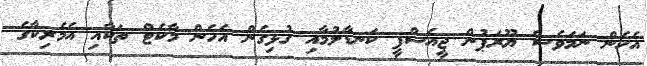
އެހެން ނަމަވެސް ޔޫރަޕުން ޖީއެސްޕީ ކަނޑާލުމާއި ގުޅިގެން އެހެން މާކެޓް ތަކާއި އެމެރިކާގެ